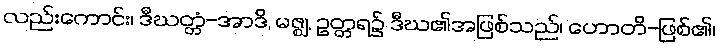
လည်းကောင်း၊ ဒီဃတ္တံ-အာဒိ, မဇ္ဈ, ဥတ္တရ၌ ဒီဃ၏အဖြစ်သည်၊ ဟောတိ-ဖြစ်၏၊